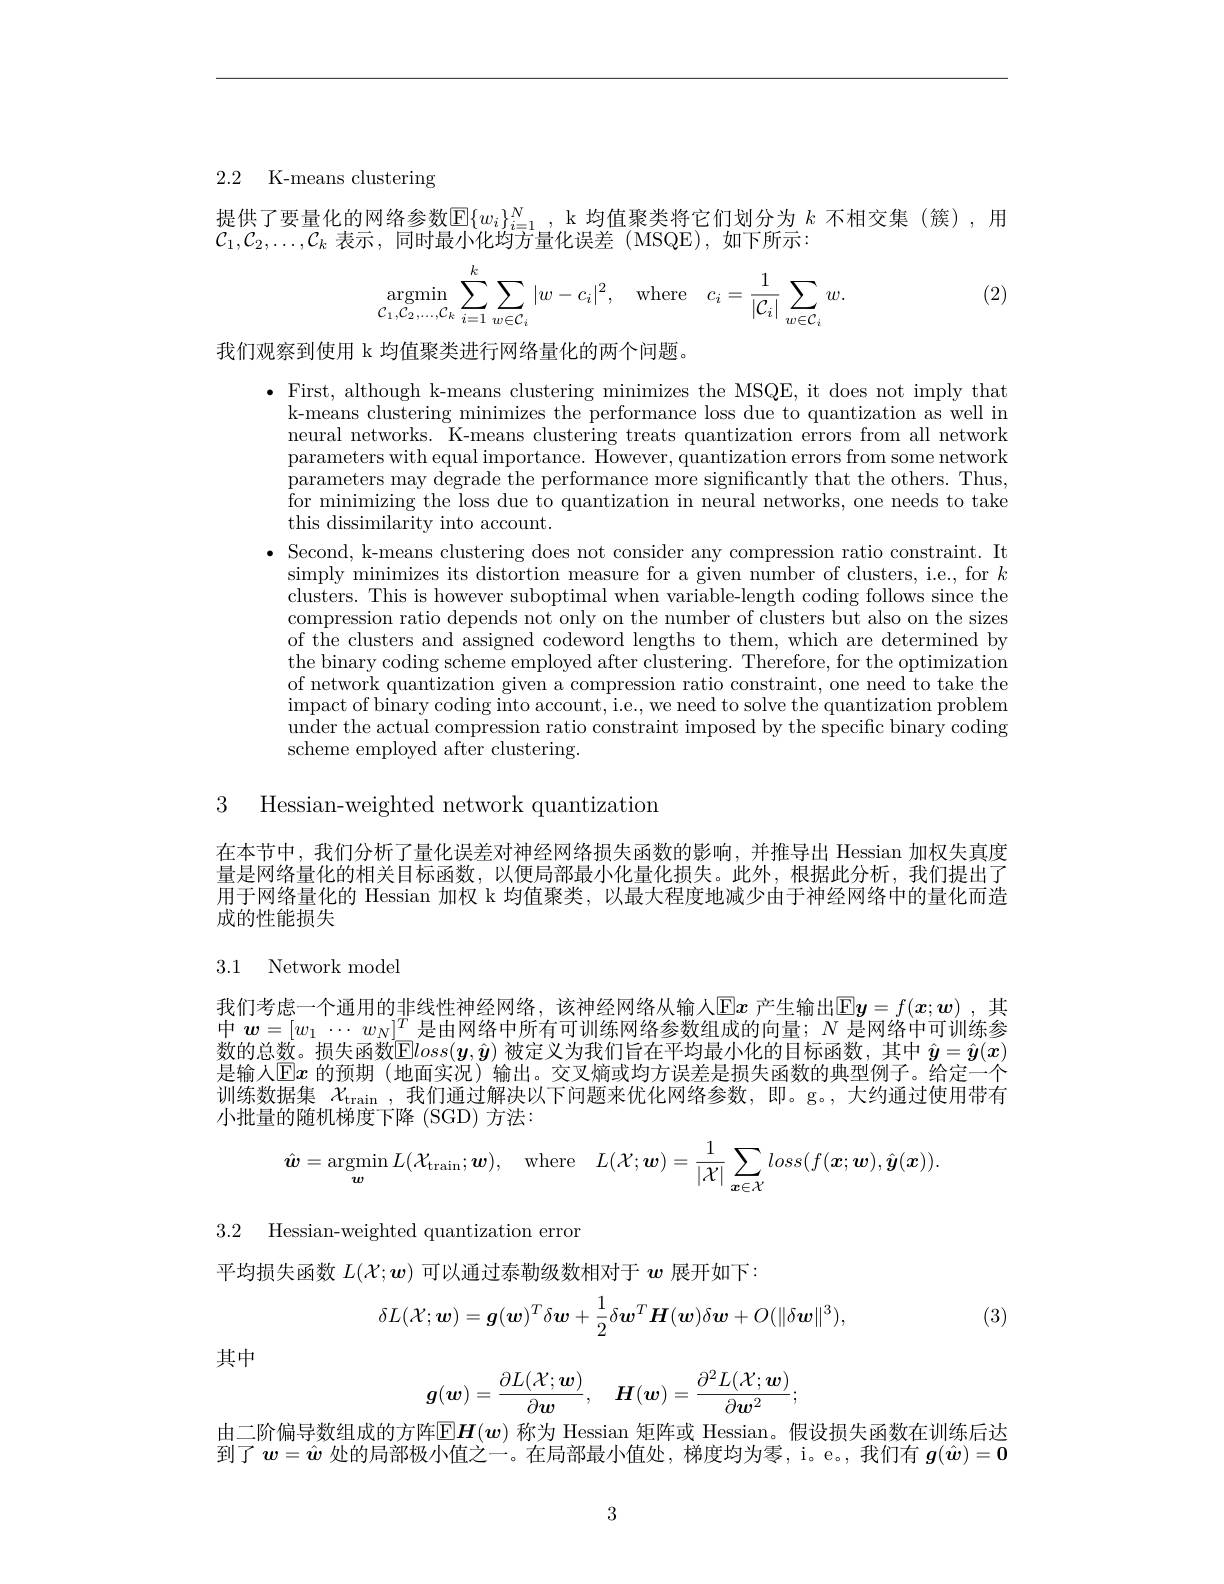
2.2 K-means clustering

提供了要量化的网络参数$\mathbb{E}\{w_i\}_{i=1}^N$, k 均值聚类将它们划分为 $k$ 不相交集(簇),用
$\mathcal{C}_1,\mathcal{C}_2,\ldots,\mathcal{C}_k$表示 ,同时最小化均方量化误差 (MSQE),如下所示：
$$\underset{\mathcal{C}_1,\mathcal{C}_2,\dots,\mathcal{C}_k}{\operatorname*{argmin}}\sum\limits_{i=1}^k\sum\limits_{w\in\mathcal{C}_i}|w-c_i|^2,\quad\mathrm{where}\quad c_i=\frac{1}{|\mathcal{C}_i|}\sum\limits_{w\in\mathcal{C}_i}w.$$
(2)

我们观察到使用 k 均值聚类进行网络量化的两个问题。

$\bullet$ First, although k-means clustering minimizes the MSQE, it does not imply that
k-means clustering minimizes the performance loss due to quantization as well in neural networks. K-means clustering treats quantization errors from all network parameters with equal importance. However, quantization errors from some network parameters may degrade the performance more significantly that the others. Thus, for minimizing the loss due to quantization in neural networks, one needs to take this dissimilarity into account.
$\bullet$ Second, k-means clustering does not consider any compression ratio constraint. It
simply minimizes its distortion measure for a given number of clusters, i.e., for $k$ clusters. This is however suboptimal when variable-length coding follows since the compression ratio depends not only on the number of clusters but also on the sizes of the clusters and assigned codeword lengths to them, which are determined by the binary coding scheme employed after clustering. Therefore, for the optimization of network quantization given a compression ratio constraint, one need to take the impact of binary coding into account, i. e. , we need to solve the quantization problem under the actual compression ratio constraint imposed by the specific binary coding scheme employed after clustering.

3 Hessian-weighted network quantization

在本节中，我们分析了量化误差对神经网络损失函数的影响，并推导出 Hessian 加权失真度量是网络量化的相关目标函数，以便局部最小化量化损失。此外，根据此分析，我们提出了用于网络量化的 Hessian 加权 k 均值聚类，以最大程度地减少由于神经网络中的量化而造成的性能损失

## 3.1 Network model

我们考虑一个通用的非线性神经网络，该神经网络从输人$\operatorname{Ex}$ 产生输出$\operatorname{Ey}=f(\boldsymbol{x};\boldsymbol{w})$ ,其中$\boldsymbol w=[w_1\cdots w_N]^T$是由网络中所有可训练网络参数组成的向量；$N$是网络中可训练参数的总数。损失函数$\dot{\mathrm{Eloss}}(\boldsymbol{y},\hat{y})$ 被定义为我们旨在平均最小化的目标函数，其中 $\hat{y}=\hat{\boldsymbol{y}}(x)$ 是输入$\overline{\mathrm{E}}x$ 的预期 (地面实况) 输出。交叉熵或均方误差是损失函数的典型例子。给定一个训练数据集$\chi_\mathrm{train}$ ,我们通过解决以下问题来优化网络参数，即。g。,大约通过使用带有小批量的随机梯度下降 (SGD) 方法：
$$\hat{\boldsymbol{w}}=\underset{\boldsymbol{w}}{\operatorname*{argmin}}L(\mathcal{X}_{\mathrm{train}};\boldsymbol{w}),\quad\mathrm{where}\quad L(\mathcal{X};\boldsymbol{w})=\frac{1}{|\mathcal{X}|}\sum_{\boldsymbol{x}\in\mathcal{X}}loss(f(\boldsymbol{x};\boldsymbol{w}),\hat{\boldsymbol{y}}(\boldsymbol{x})).$$
3.2 Hessian-weighted quantization error

(3)
$$\delta L(\mathcal{X};\boldsymbol{w})=\boldsymbol{g}(\boldsymbol{w})^T\delta\boldsymbol{w}+\frac12\delta\boldsymbol{w}^T\boldsymbol{H}(\boldsymbol{w})\delta\boldsymbol{w}+O(\|\delta\boldsymbol{w}\|^3),$$
平均损失函数$L(\mathcal{X};\boldsymbol{w})$可以通过泰勒级数相对于$w$展开如下：
$$g(\boldsymbol{w})=\frac{\partial L(\mathcal{X};\boldsymbol{w})}{\partial\boldsymbol{w}},\quad\boldsymbol{H}(\boldsymbol{w})=\frac{\partial^{2}L(\mathcal{X};\boldsymbol{w})}{\partial\boldsymbol{w}^{2}};$$
其中

由二阶偏导数组成的方阵$\mathbb{E}\boldsymbol{H}(\boldsymbol{w})$ 称为 Hessian 矩阵或 Hessian。假设损失函数在训练后达到了$\boldsymbol w=\hat{\boldsymbol{w}}$处的局部极小值之一。在局部最小值处，梯度均为零，i。e。,我们有$\boldsymbol g(\hat{\boldsymbol{w}})=\mathbf{0}$

3